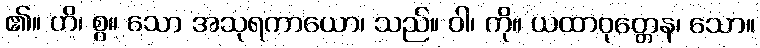
၏။ ဟိ၊ စွ။ သော အသုရကာယော၊ သည်။ ဝါ၊ ကို။ ယထာဝုတ္တေန၊ သော။